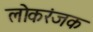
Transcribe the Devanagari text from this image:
लोकरंजक